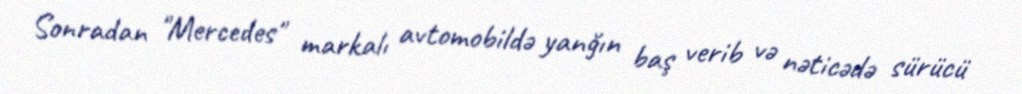
Sonradan "Mercedes" markalı avtomobildə yanğın baş verib və nəticədə sürücü